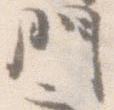
門